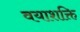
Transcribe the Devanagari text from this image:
वयाशक्ति